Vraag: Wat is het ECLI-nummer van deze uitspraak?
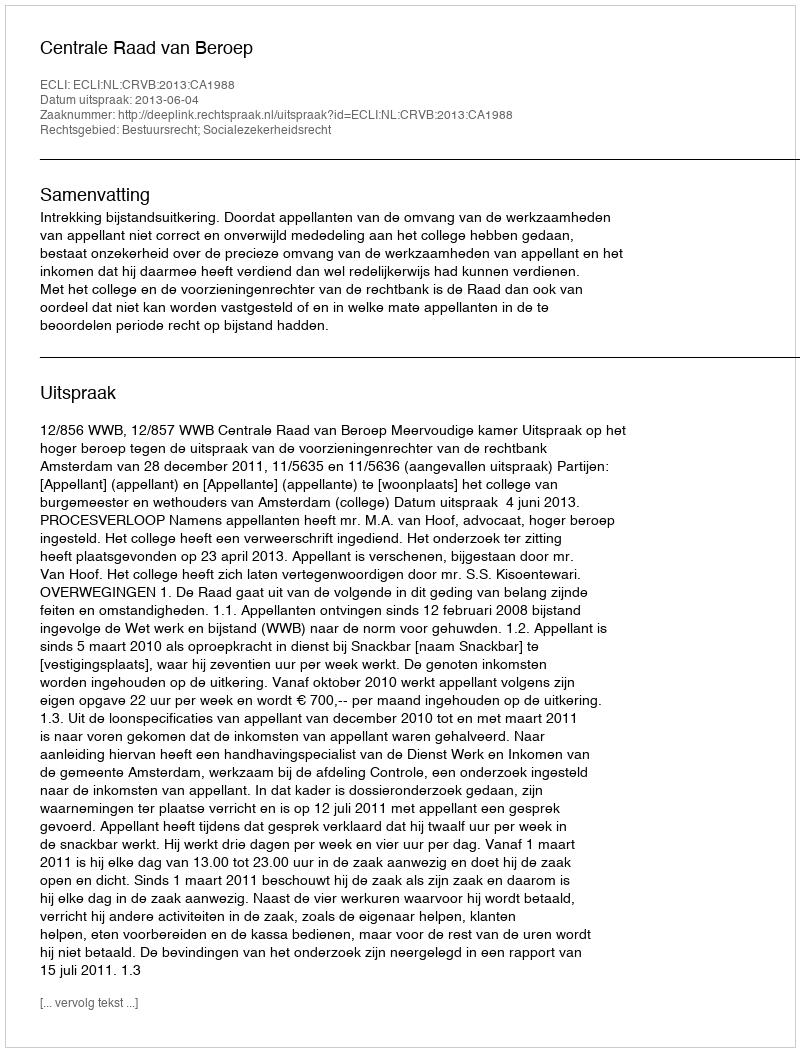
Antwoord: ECLI:NL:CRVB:2013:CA1988